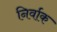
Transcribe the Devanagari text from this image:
निर्वाक